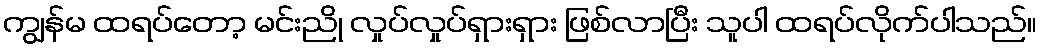
ကျွန်မ ထရပ်တော့ မင်းညို လှုပ်လှုပ်ရှားရှား ဖြစ်လာပြီး သူပါ ထရပ်လိုက်ပါသည်။